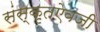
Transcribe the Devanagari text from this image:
संस्कृतऐवजी